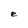
Character: e